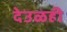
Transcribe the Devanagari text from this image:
देउळही